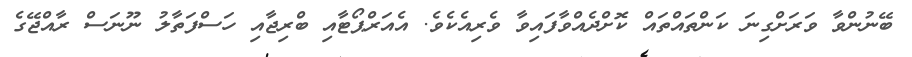
ބޭނުންވާ ވަރަށްގިނަ ކަންތައްތައް ކޮށްދެއްވާފައިވާ ވެރިއެކެވެ. އެއަރްޕޯޓާއި ބްރިޖާއި ހަސްފަތާލު ނޫނަސް ރާއްޖޭގެ